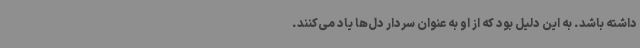
داشته باشد. به این دلیل بود که از او به عنوان سردار دل‌ها یاد می‌کنند.